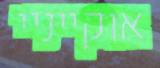
אוקייניי